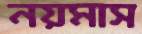
নয়মাস